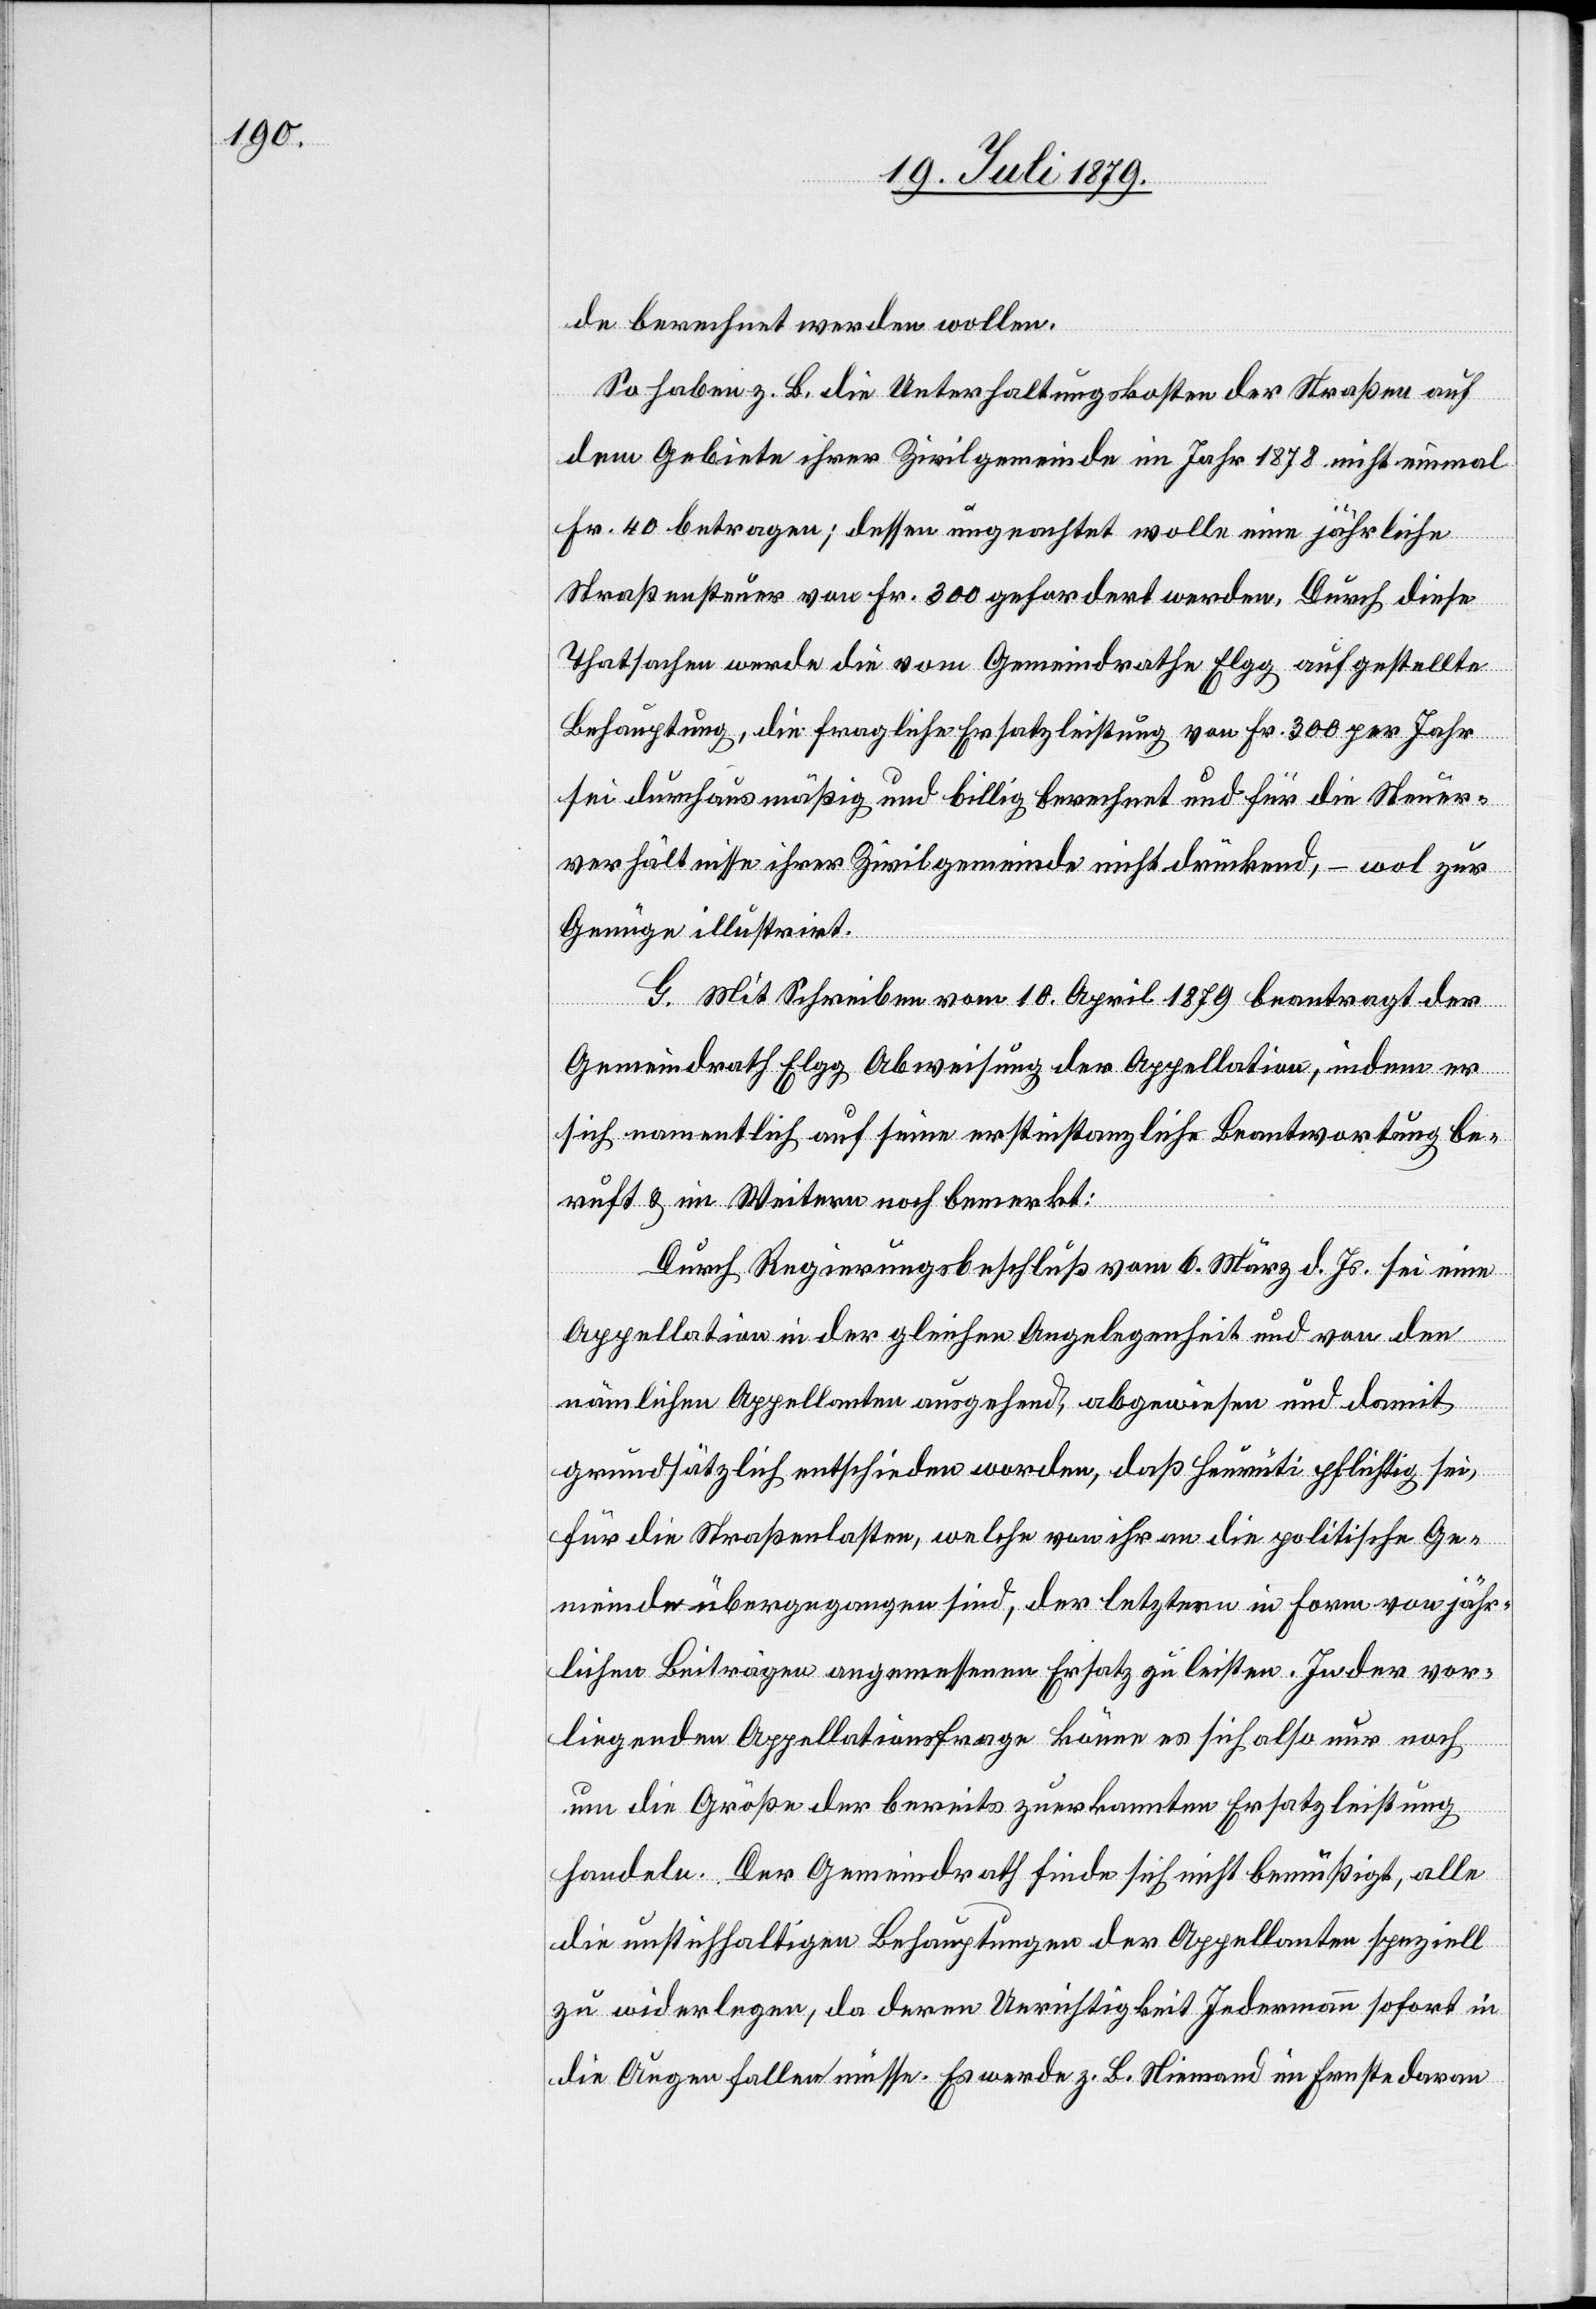
de berechnet werden wollen.
So haben z. B. die Unterhaltungskosten der Straßen auf
dem Gebiete ihrer Zivilgemeinde im Jahr 1878 nicht einmal
Fr. 40 betragen; dessen ungeachtet wolle eine jährliche
Straßensteuer von Fr. 300 gefordert werden. Durch diese
Thatsachen werde die vom Gemeindrathe Elgg aufgestellte
Behauptung, die fragliche Ersatzleistung von Fr. 300 per Jahr
sei durchaus mäßig und billig berechnet und für die Steuer¬
verhältnisse ihrer Zivilgemeinde nicht drückend, – wol zur
Genüge illustrit.
G. Mit Schreiben vom 10. April 1879 beantragt der
Gemeindrath Elgg Abweisung der Appellation, indem er
sich namentlich auf seine erstinstanzliche Beantwortung be¬
ruft & im Weitern noch bemerkt:
Durch Regierungsbeschluß vom 6. März d. Js. sei eine
Appellation in der gleichen Angelegenheit und von den
nämlichen Appellanten ausgehend, abgewiesen und damit
grundsätzlich entschieden worden, daß Heurüti pflichtig sei,
für die Straßenlasten, welche von ihr an die politische Ge¬
meinde übergegangen sind, der letztere in Form von jähr¬
lichen Beiträgen angemessenen Ersatz zu leisten. In der vor¬
liegenden Appellationsfrage könne es sich also nur noch
um die Größe der bereits zuerkannten Ersatzleistung
handeln. Der Gemeindrath finde sich nicht bemüßigt, alle
die unstichhaltigen Behauptungen der Appellanten speziell
zu widerlegen, da deren Unrichtigkeit Jedermann sofort in
die Augen fallen müsse. Es werde z. B. Niemand im Ernste davon